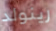
رينولد